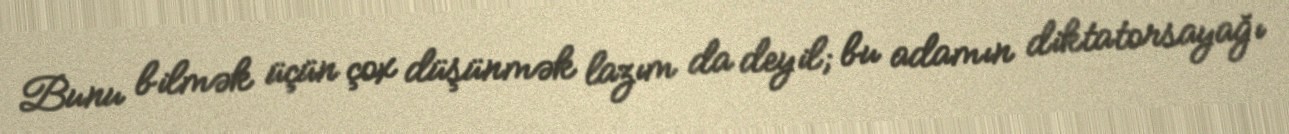
Bunu bilmək üçün çox düşünmək lazım da deyil; bu adamın diktatorsayağı